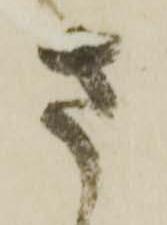
さ